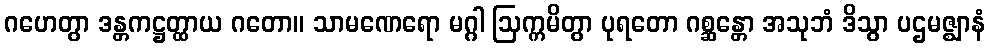
ဂဟေတွာ ဒန္တကဋ္ဌတ္ထာယ ဂတော။ သာမဏေရော မဂ္ဂါ ဩက္ကမိတွာ ပုရတော ဂစ္ဆန္တော အသုဘံ ဒိသွာ ပဌမဇ္ဈာနံ